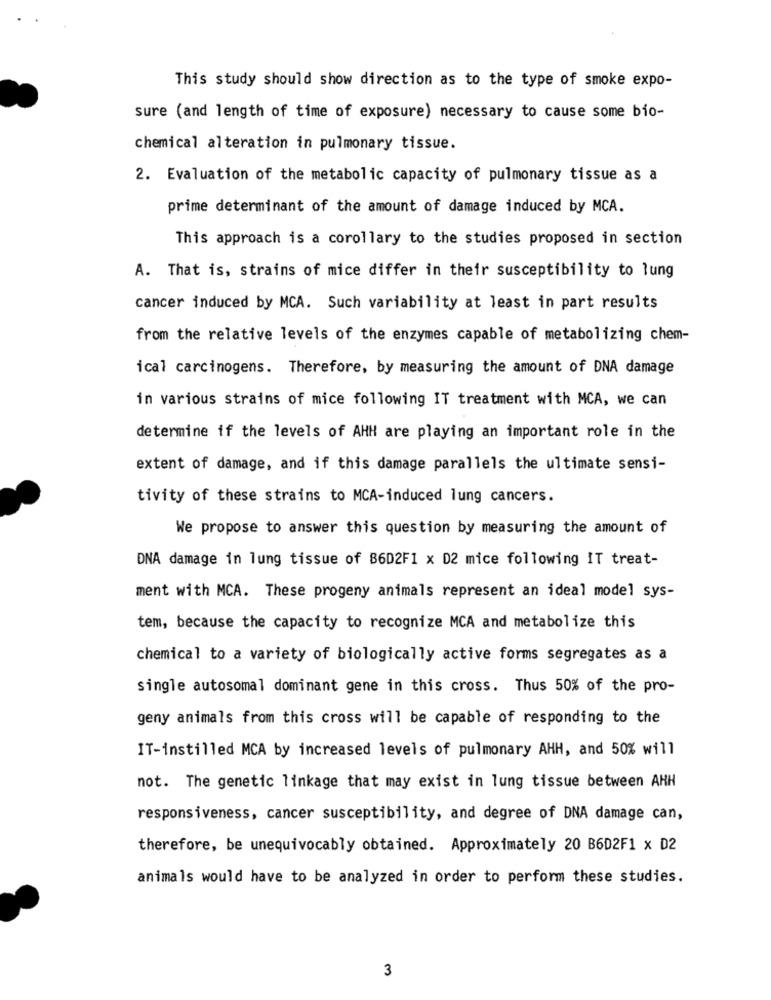
This study should show direction as to the type of smoke expo-
sure (and length of time of exposure) necessary to cause some bio-
chemical alteration in pulmonary tissue.
2. Evaluation of the metabolic capacity of pulmonary tissue as a
prime determinant of the amount of damage induced by MCA.
This approach is a corollary to the studies proposed in section
A. That is, strains of mice differ in their susceptibility to lung
cancer induced by MCA. Such variability at least in part results
from the relative levels of the enzymes capable of metabolizing chem-
ical carcinogens. Therefore, by measuring the amount of DNA damage
in various strains of mice following IT treatment with MCA, we can
determine if the levels of AHH are playing an important role in the
extent of damage, and if this damage parallels the ultimate sensi-
tivity of these strains to MCA-induced lung cancers.
We propose to answer this question by measuring the amount of
DNA damage in lung tissue of 86D2F1 x D2 mice following IT treat-
ment with MCA. These progeny animals represent an ideal model sys-
tem, because the capacity to recognize MCA and metabolize this
chemical to a variety of biologically active forms segregates as a
single autosomal dominant gene in this cross. Thus 50% of the pro-
geny animals from this cross will be capable of responding to the
IT-instilled MCA by increased levels of pulmonary AHH, and 50% will
not. The genetic linkage that may exist in lung tissue between AHH
responsiveness, cancer susceptibility, and degree of DNA damage can,
therefore, be unequivocably obtained. Approximately 20 B6D2F1 x D2
animals would have to be analyzed in order to perform these studies.
3